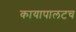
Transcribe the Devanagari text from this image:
कायापालटच